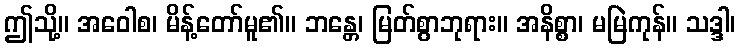
ဤသို့။ အဝေါစ၊ မိန့်တော်မူ၏။ ဘန္တေ၊ မြတ်စွာဘုရား။ အနိစ္စာ၊ မမြဲကုန်။ သဒ္ဒါ၊